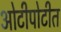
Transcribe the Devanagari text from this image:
ओटीपोटीत